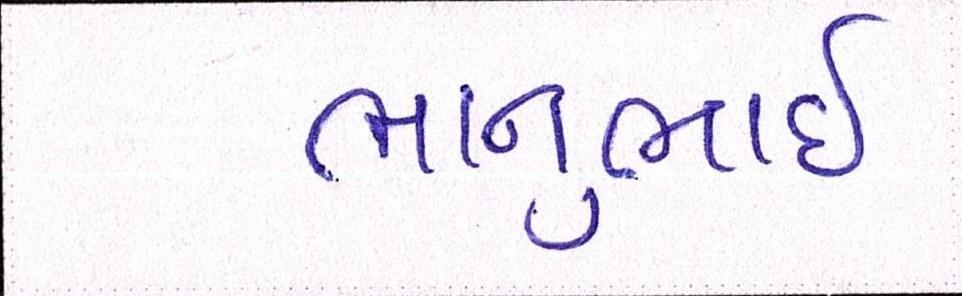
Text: ભાનુભાઈ